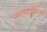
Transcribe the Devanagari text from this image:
आल्पट्रांझिटचा